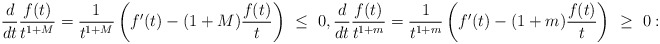
\begin{align*}\frac{d}{dt}\frac{f(t)}{t^{1+M}}=\frac{1}{t^{1+M}}\left(f'(t)-(1+M)\frac{f(t)}{t}\right)\ \leq\ 0, \frac{d}{dt}\frac{f(t)}{t^{1+m}}=\frac{1}{t^{1+m}}\left(f'(t)-(1+m)\frac{f(t)}{t}\right)\ \geq\ 0:\end{align*}